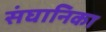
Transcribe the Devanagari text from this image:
संघानिका